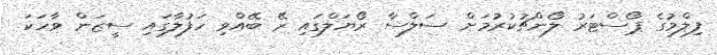
ފިލްމުގެ ޕޯސްޓަރު ލޯންޗުކުރުމަށް ސަލްސާ ރޯޔަލްގައި ރޭ ބޭއްވި ހަފުލާގައި ސީޒަން ވާހަކަ